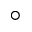
^ \circ